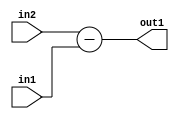
`timescale 1ps / 1ps
/*****************************************************************************
    Verilog RTL Description
    
    
    Created by: Stratus DpOpt 2019.1.01 
*******************************************************************************/

module st_feature_addr_gen_Sub_16Ux8U_17S_4_1 (
	in2,
	in1,
	out1
	); /* architecture "behavioural" */ 
input [15:0] in2;
input [7:0] in1;
output [16:0] out1;
wire [16:0] asc001;

assign asc001 = 
	+(in2)
	-(in1);

assign out1 = asc001;
endmodule

/* CADENCE  ubLzSw0= : u9/ySgnWtBlWxVPRXgAZ4Og= ** DO NOT EDIT THIS LINE ******/